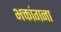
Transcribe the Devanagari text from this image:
भक्तांगना